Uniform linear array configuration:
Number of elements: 32
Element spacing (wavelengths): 0.5
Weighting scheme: uniform
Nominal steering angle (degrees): -15
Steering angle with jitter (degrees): -14.084
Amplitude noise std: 0.05
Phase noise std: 0.05

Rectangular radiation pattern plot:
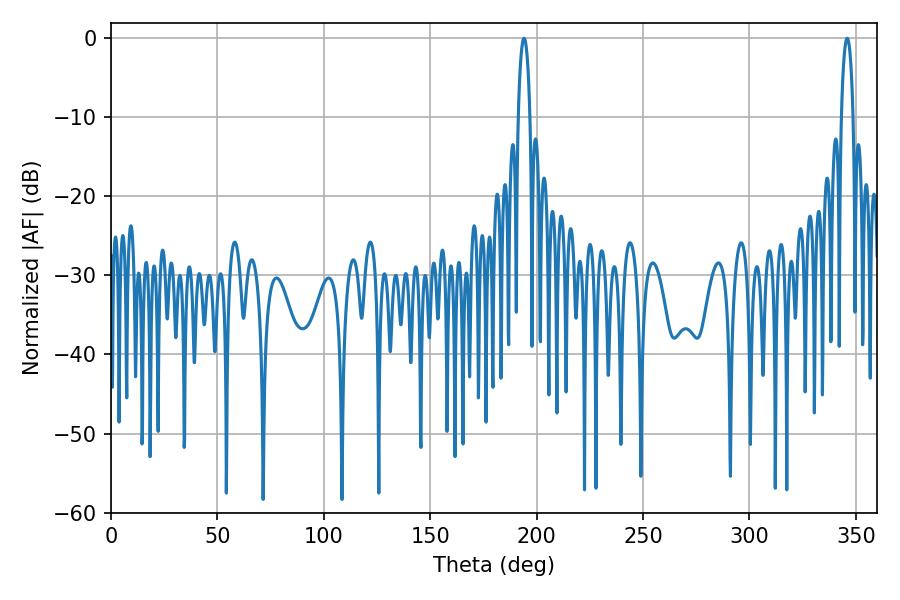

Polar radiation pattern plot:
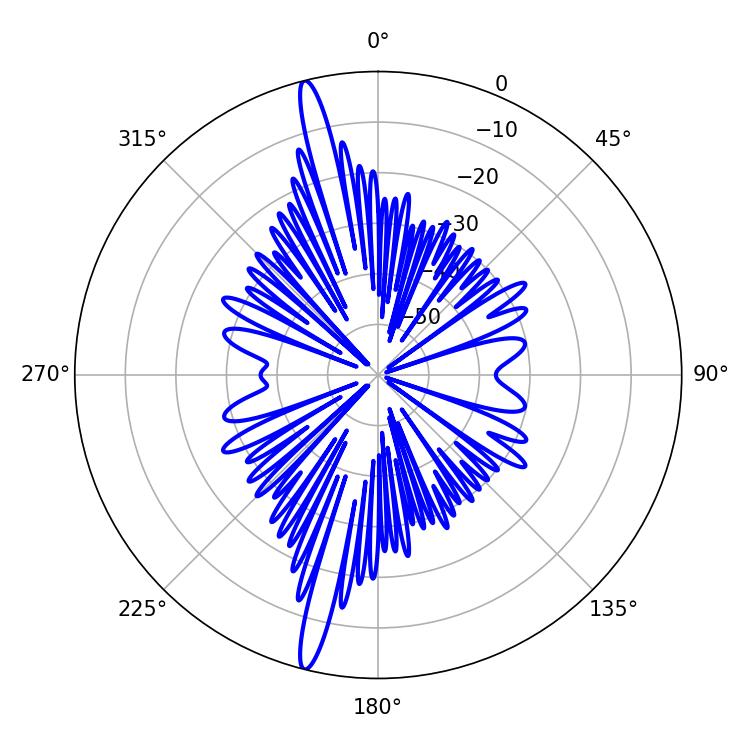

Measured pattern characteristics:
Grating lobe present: FALSE
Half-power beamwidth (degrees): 3.06
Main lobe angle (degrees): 194.04